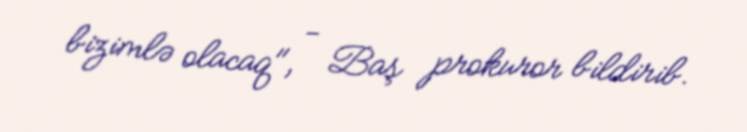
bizimlə olacaq", - Baş prokuror bildirib.